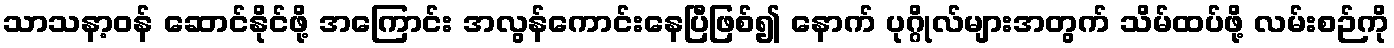
သာသနာ့ဝန် ဆောင်နိုင်ဖို့ အကြောင်း အလွန်ကောင်းနေပြီဖြစ်၍ နောက် ပုဂ္ဂိုလ်များအတွက် သိမ်ထပ်ဖို့ လမ်းစဉ်ကို